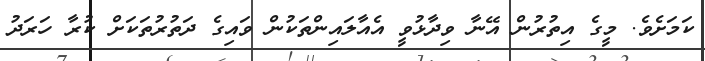
ކަމަށެވެ. މީގެ އިތުރުން އޭނާ ވިދާޅުވީ އެއާލައިންތަކުން ވައިގެ ދަތުރުތަކަަށް ކުރާ ހަރަދު